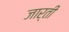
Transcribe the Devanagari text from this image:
जार्ती